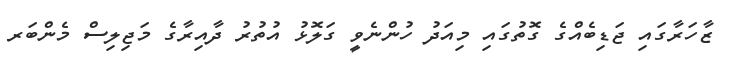
ޒާހަރާގައި ޖަޑިބެއްގެ ގޮތުގައި މިއަދު ހުންނެވީ ގަލޮޅު އުތުރު ދާއިރާގެ މަޖިލިސް މެންބަރ